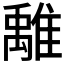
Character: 𩀌